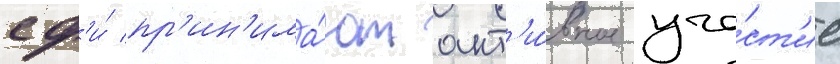
сф'и́ пр'ин'има́ют акт'и́вное уча́ст'ие